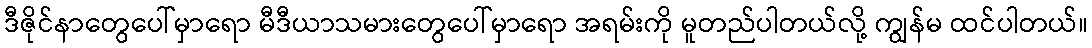
ဒီဇိုင်နာတွေပေါ်မှာရော မီဒီယာသမားတွေပေါ်မှာရော အရမ်းကို မူတည်ပါတယ်လို့ ကျွန်မ ထင်ပါတယ်။